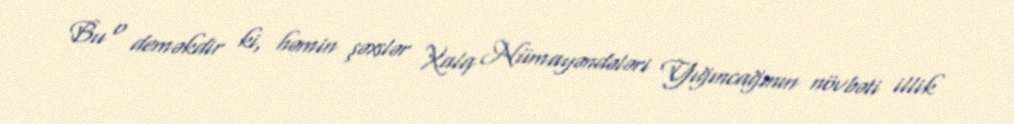
Bu o deməkdir ki, həmin şəxslər Xalq Nümayəndələri Yığıncağının növbəti illik